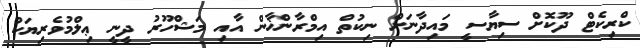
ކްރިކެޓް ދޫކޮށް ސިޔާސީ މައިދާނަށް ނިކުތް އިމްރާންޚާން އާއި މަޝްހޫރު ދީނީ ޢިލްމުވެރިޔަކު